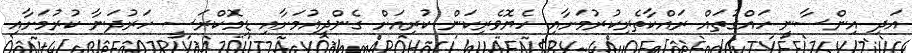
އަދި އިންސާނީ ހައްގުތައް ރައްކާތެރިކުރުމަށާއި ހެޔޮވެރިކަން ކުރިއަށް ގެންދިއުމަށާއި ޑިމޮކްރަސީ ހަރުދަނާ ކުރުމަށާއި